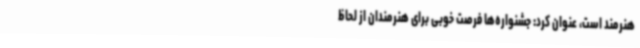
هنرمند است، عنوان کرد: جشنواره‌ها فرصت خوبی برای هنرمندان از لحاظ